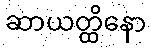
ဆာယတ္ထိနော